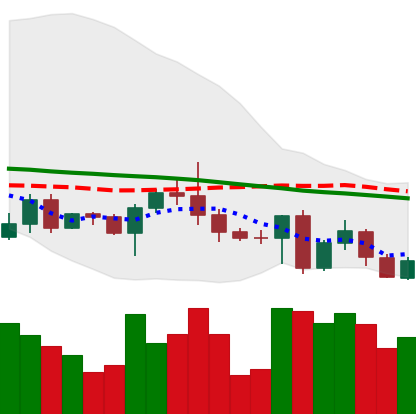
Ticker: BTC-USD
Chart end date: 2022-05-01
Forward return: -6.312%
Label: down_5_7